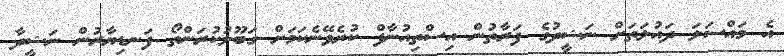
އެ މައްސަލަ ދައުލަތަށް ނަޝީދުގެ ފަރާތުން އިސްތިއުނާފް ކުރެވޭނެކަމަށް ގަބޫލުކުރަންތޯ ފަނޑިޔާރުން ނަޝީދާ